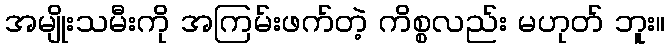
အမျိုးသမီးကို အကြမ်းဖက်တဲ့ ကိစ္စလည်း မဟုတ် ဘူး။